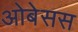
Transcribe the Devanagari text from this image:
ओबेसस